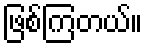
ဖြစ်ကြတယ်။